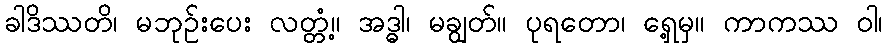
ခါဒိဿတိ၊ မဘုဉ်းပေး လတ္တံ့။ အဒ္ဓါ၊ မချွတ်။ ပုရတော၊ ရှေ့မှ။ ကာကဿ ဝါ၊